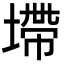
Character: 墆